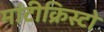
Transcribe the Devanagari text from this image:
मांटीक्रिस्टो